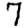
Digit: 7